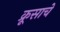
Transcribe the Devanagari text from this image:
क्रूसाचे